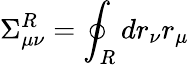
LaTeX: \Sigma_{\mu\nu}^{R}=\oint_{R}dr_{\nu}r_{\mu}